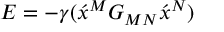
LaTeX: E = - \gamma ( \acute { x } \vphantom { x } ^ { M } G _ { M N } \acute { x } \vphantom { x } ^ { N } )